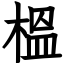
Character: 榲